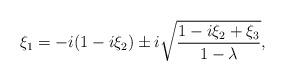
LaTeX: \begin{align*} \xi_1=-i(1-i\xi_2)\pm i\sqrt{{1-i\xi_2+\xi_3\over{1-\lambda}}},\end{align*}